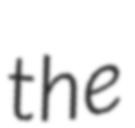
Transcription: the